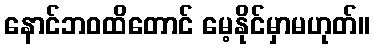
နောင်ဘဝထိတောင် မေ့နိုင်မှာမဟုတ်။